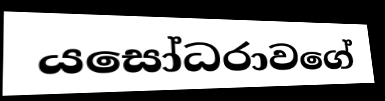
යසෝධරාවගේ